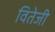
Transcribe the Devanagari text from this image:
वितेजी